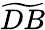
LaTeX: \widetilde{DB}